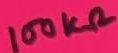
Text: 100KΩ